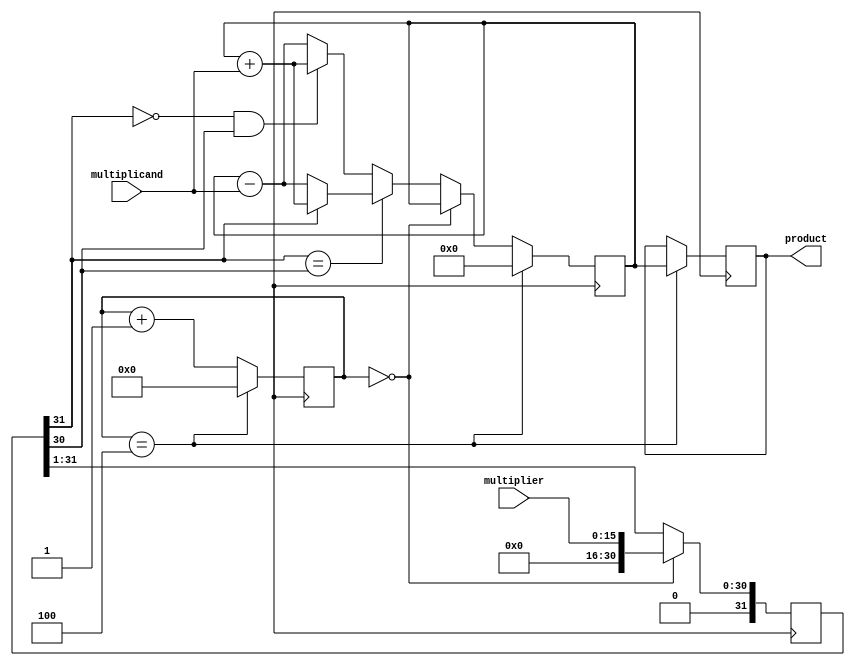
module booth_multiplier(
    input signed [15:0] multiplier,
    input signed [15:0] multiplicand,
    output reg signed [31:0] product
);

reg [31:0] partial_product;
reg [31:0] sum;
reg [3:0] shift_count;

always @(posedge clk) begin
    if (shift_count == 0) begin
        partial_product <= {16'b0, multiplier};
    end else begin
        if (partial_product[31] == partial_product[30]) begin
            partial_product <= {partial_product[31], partial_product[30:1]};
            if (partial_product[31] == 1) begin
                sum <= sum + multiplicand;
            end else begin
                sum <= sum - multiplicand;
            end
        end else if (partial_product[31] == 0 && partial_product[30] == 1) begin
            sum <= sum + multiplicand;
            partial_product <= {partial_product[31], partial_product[30:1]};
        end else begin
            sum <= sum - multiplicand;
            partial_product <= {partial_product[31], partial_product[30:1]};
        end
    end
    
    shift_count <= shift_count + 1;
    if (shift_count == 4) begin
        shift_count <= 0;
        product <= sum;
        sum <= 0;
    end
end

endmodule